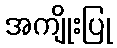
အကျိုးပြု